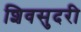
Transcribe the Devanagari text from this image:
शिवसुदरी